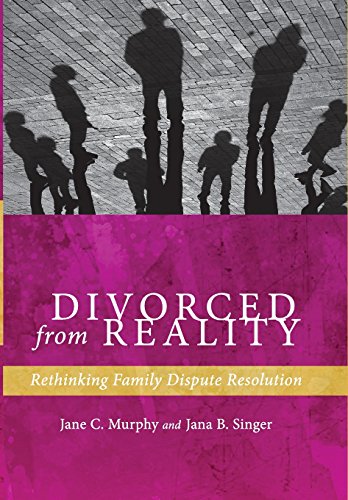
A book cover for Divorced from Reality: Rethinking Family Dispute Resolution (Families, Law, and Society); Jane C. Murphy; Law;